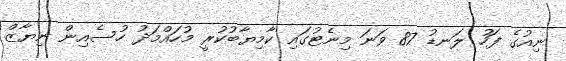
ނިއުގެ ފަހު ލަނޑު 87 ވަނަ މިނެޓުގައި ކާމިޔާބުކުރީ މުހައްމަދު ހުސެއިން ނިޔާޒް